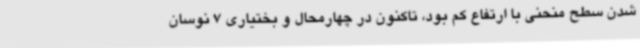
شدن سطح منحنی با ارتفاع کم بود، تاکنون در چهارمحال و بختیاری 7 نوسان